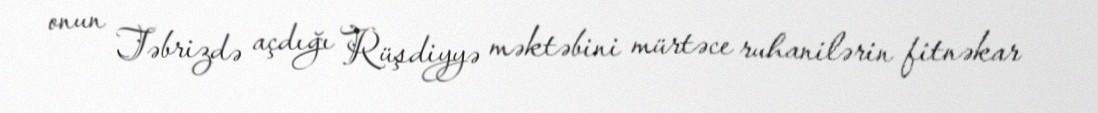
onun Təbrizdə açdığı Rüşdiyyə məktəbini mürtəce ruhanilərin fitnəkar